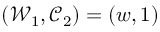
( \mathcal { W } _ { 1 } , \mathcal { C } _ { 2 } ) = ( w , 1 )